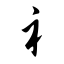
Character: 礻